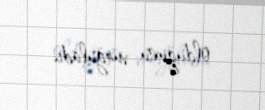
olduğunu vurğuladı.